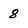
Character: 8